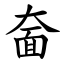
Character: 奤